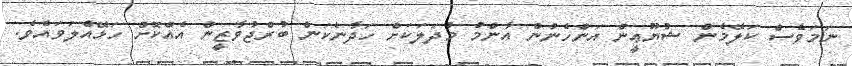
ނަމަވެސް ކަލޭމެން ޝުޔޫޢީން އަންހެނުން އާންމު މުދަލަކަށް ހަދާނެކަން ބުރްޖުވާޒީން އެއްކޮށް ހަޅޭއްލަވައެވެ.